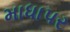
માધાપર